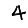
Digit: 4